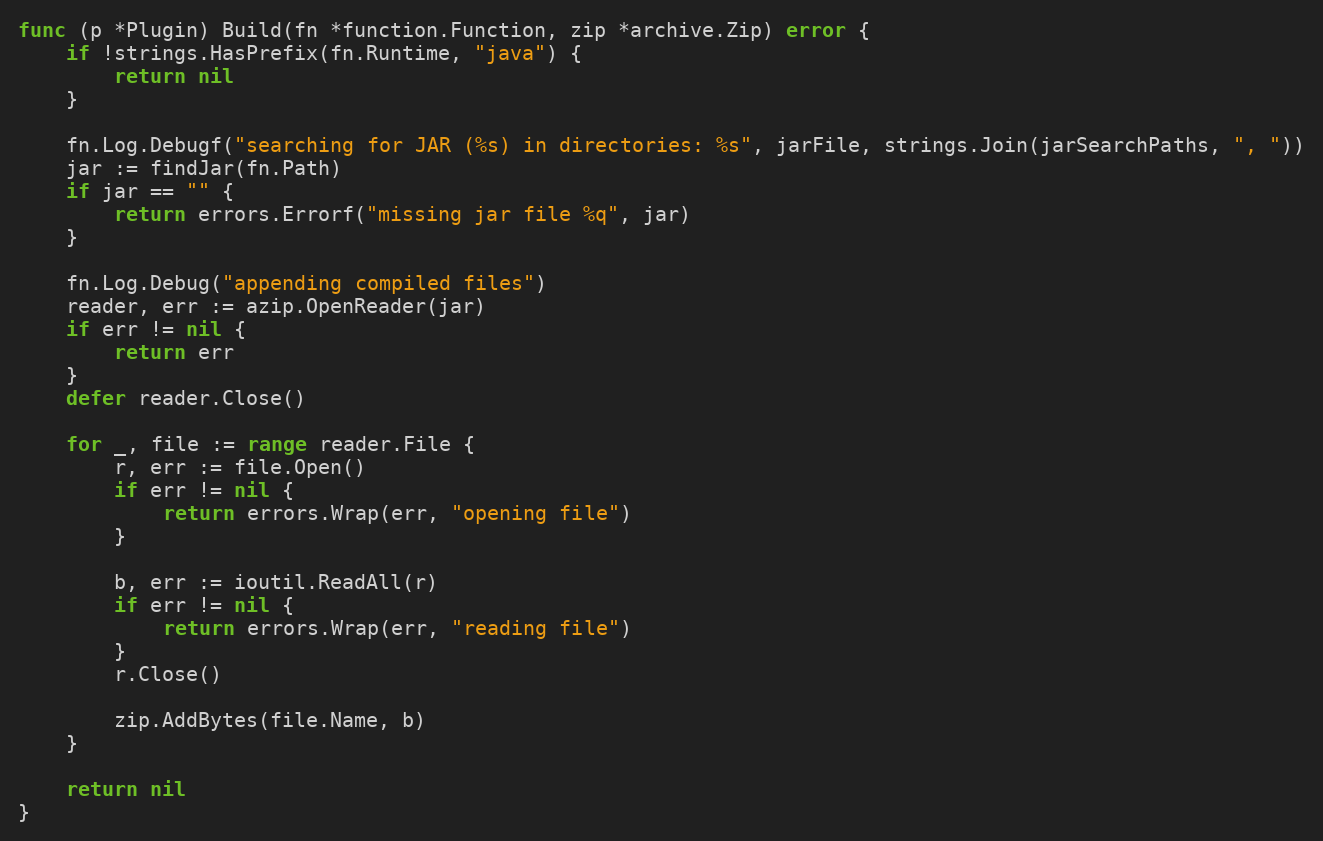
Language: Go
func (p *Plugin) Build(fn *function.Function, zip *archive.Zip) error {
	if !strings.HasPrefix(fn.Runtime, "java") {
		return nil
	}

	fn.Log.Debugf("searching for JAR (%s) in directories: %s", jarFile, strings.Join(jarSearchPaths, ", "))
	jar := findJar(fn.Path)
	if jar == "" {
		return errors.Errorf("missing jar file %q", jar)
	}

	fn.Log.Debug("appending compiled files")
	reader, err := azip.OpenReader(jar)
	if err != nil {
		return err
	}
	defer reader.Close()

	for _, file := range reader.File {
		r, err := file.Open()
		if err != nil {
			return errors.Wrap(err, "opening file")
		}

		b, err := ioutil.ReadAll(r)
		if err != nil {
			return errors.Wrap(err, "reading file")
		}
		r.Close()

		zip.AddBytes(file.Name, b)
	}

	return nil
}